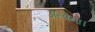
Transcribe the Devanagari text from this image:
अल्पना।